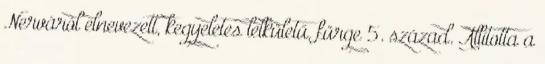
Nerváról elnevezett, kegyeletes lelkületű, fürge 5. század. Állította a